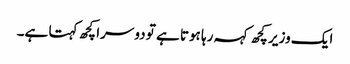
ایک وزیر کچھ کہہ رہا ہوتا ہے تو دوسرا کچھ کہتا ہے۔